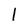
Character: l